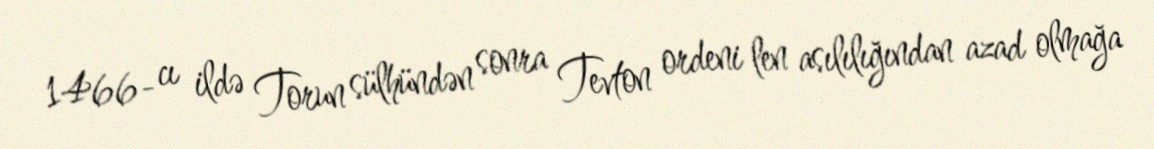
1466- cı ildə Torun sülhündən sonra Tevton ordeni len asılılığından azad olmağa